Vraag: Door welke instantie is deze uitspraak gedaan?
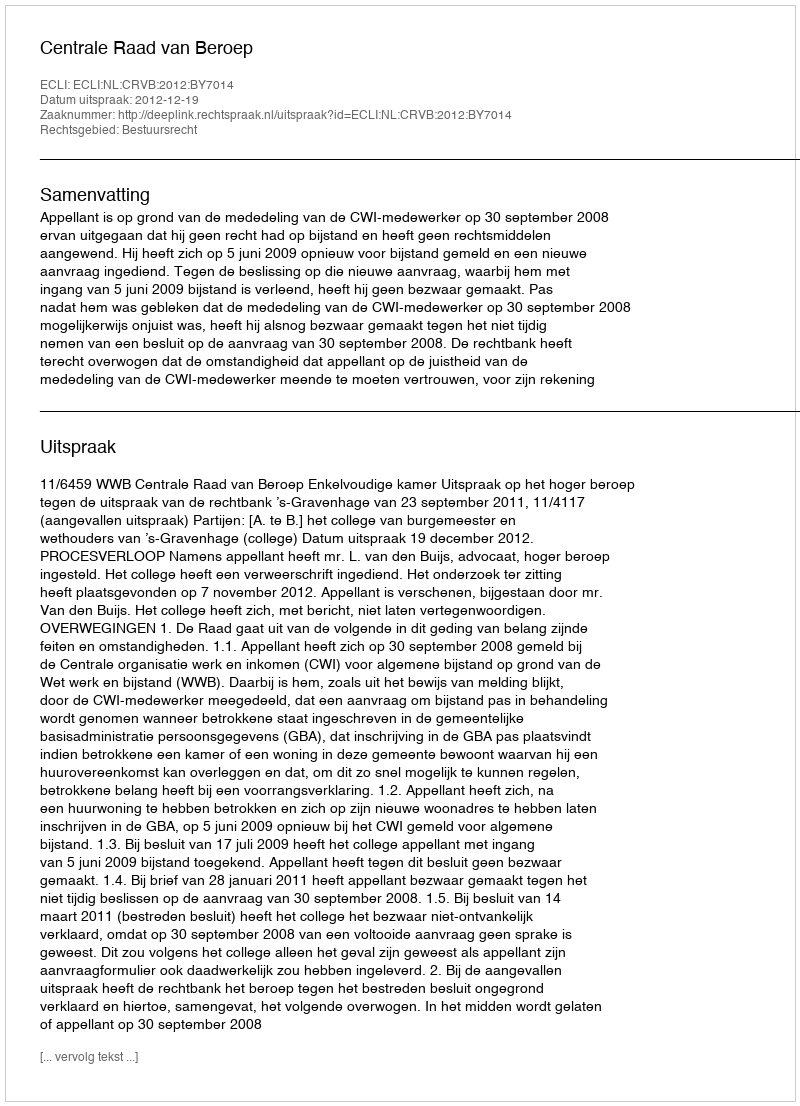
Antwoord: Centrale Raad van Beroep